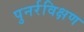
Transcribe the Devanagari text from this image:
पुनर्रविक्षण